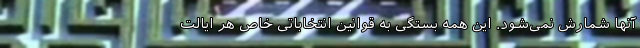
آنها شمارش نمی‌شود. این همه بستگی به قوانین انتخاباتی خاص هر ایالت